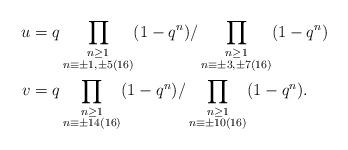
LaTeX: \begin{align*}u & = q \prod_{\substack{n \geq 1\\ n \equiv \pm 1,\pm 5 (16)}} (1-q^n) / \prod_{\substack{n \geq 1 \\ n \equiv \pm 3,\pm 7 (16)}} (1-q^n)\\v & = q \prod_{\substack{n \geq 1\\ n \equiv \pm 14 (16)}} (1-q^n) / \prod_{\substack{n \geq 1 \\ n \equiv \pm 10(16)}} (1-q^n).\end{align*}